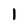
Character: 1